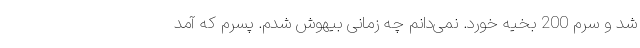
شد و سرم 200 بخیه خورد. نمی‌دانم چه زمانی بیهوش شدم. پسرم که آمد